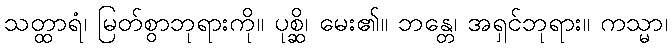
သတ္ထာရံ၊ မြတ်စွာဘုရားကို။ ပုစ္ဆိ၊ မေး၏။ ဘန္တေ၊ အရှင်ဘုရား။ ကသ္မာ၊